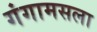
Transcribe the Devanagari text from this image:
गंगामसला